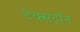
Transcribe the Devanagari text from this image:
टेक्सट्रॉन